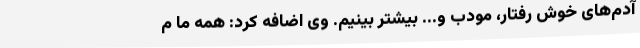
آدم‌های خوش ‌رفتار، مودب و... بیشتر بینیم. وی اضافه کرد: همه ما م